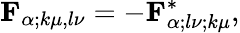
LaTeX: {\mathbf{F}}_{\alpha;k\mu,l\nu}=-{\mathbf{F}}_{\alpha;l\nu;k\mu}^{*},